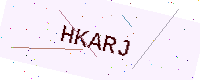
Text: HKARJ